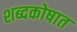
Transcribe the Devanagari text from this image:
शब्दकोषात